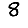
Digit: 8